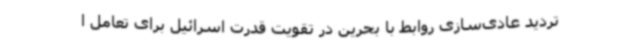
تردید عادی‌سازی روابط با بحرین در تقویت قدرت اسرائیل برای تعامل ا